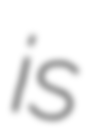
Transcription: is